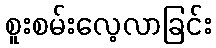
စူးစမ်းလေ့လာခြင်း